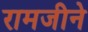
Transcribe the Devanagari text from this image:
रामजीने